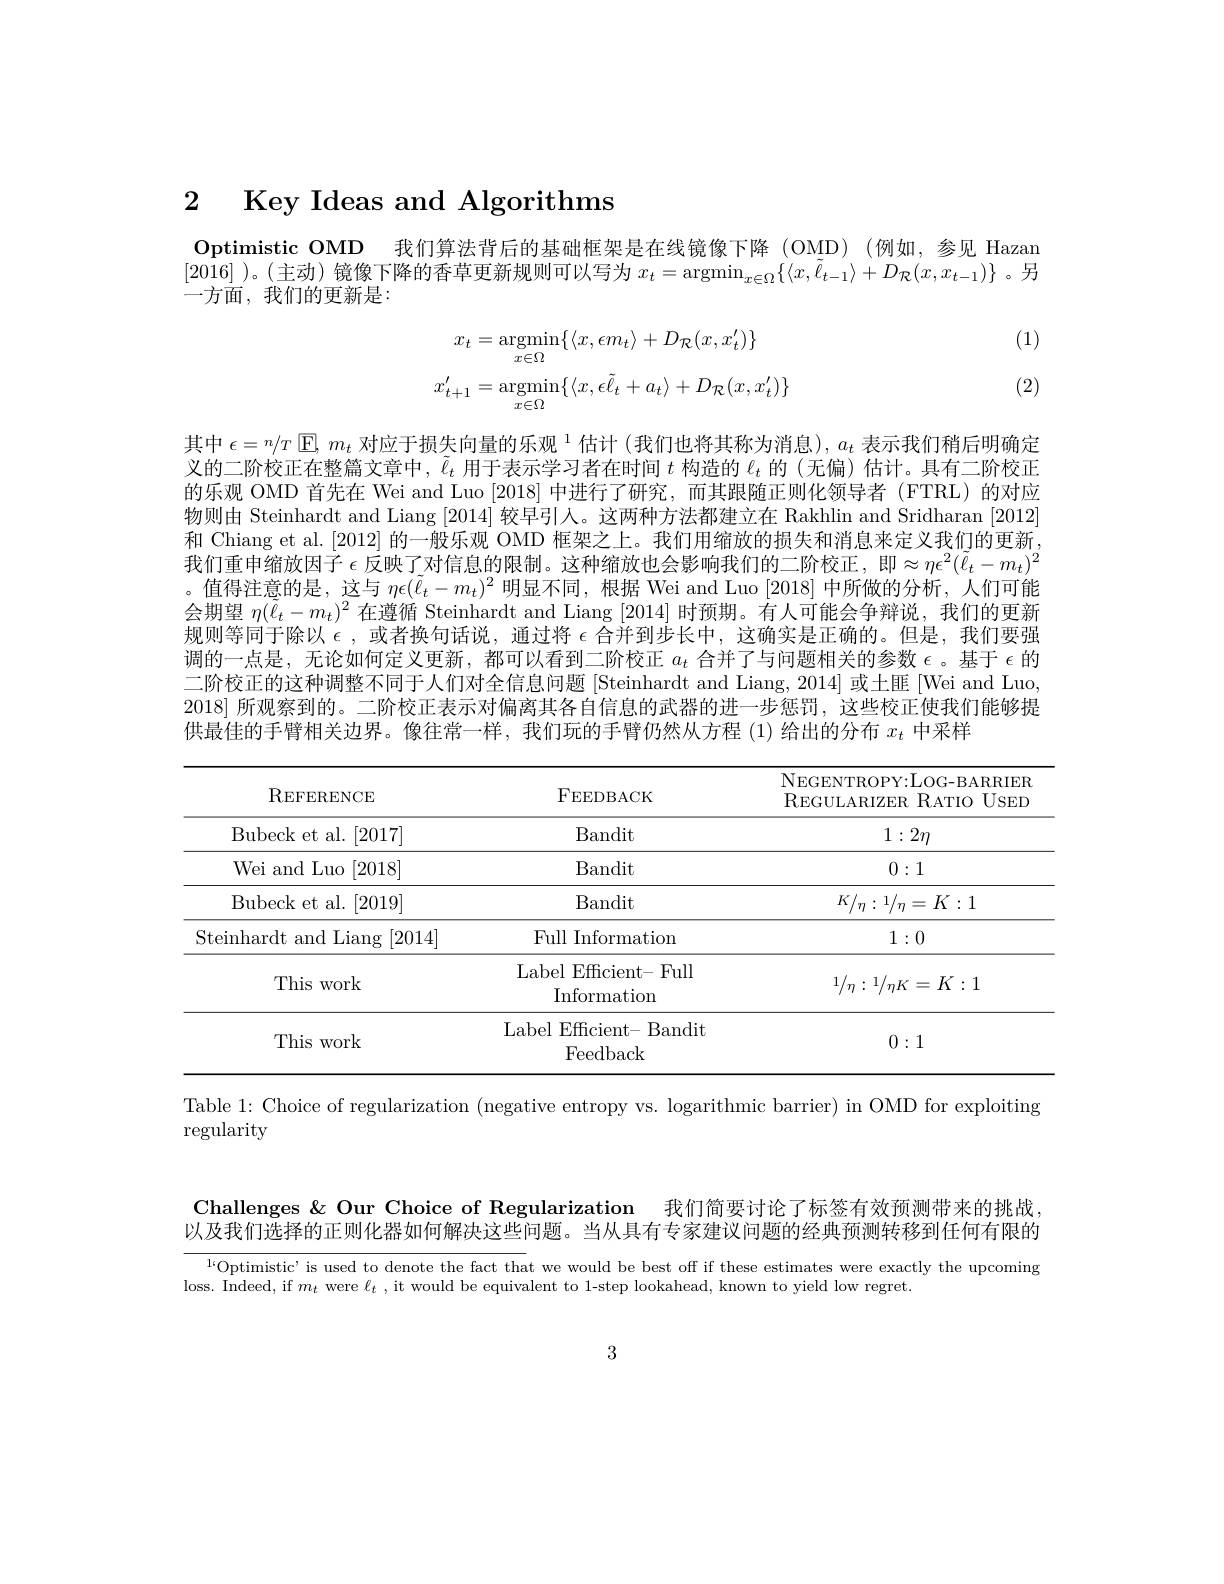
2 Key Ideas and Algorithms

Optimistic OMD 我们算法背后的基础框架是在线镜像下降 (OMD)(例如，参见 Hazan [2016])。(主动) 镜像下降的香草更新规则可以写为$x_t=\operatorname{argmin}_{x\in\Omega}\{\langle x,\tilde{\ell}_{t-1}\rangle+D_{\mathcal{R}}(x,x_{t-1})\}$。另一方面，我们的更新是：

(1)
$$x_{t}=\underset{x\in\Omega}{\operatorname*{argmin}}\{\langle x,\epsilon m_{t}\rangle+D_{\mathcal{R}}(x,x_{t}^{\prime})\}\\x_{t+1}^{\prime}=\underset{x\in\Omega}{\operatorname*{argmin}}\{\langle x,\epsilon\tilde{\ell}_{t}+a_{t}\rangle+D_{\mathcal{R}}(x,x_{t}^{\prime})\}$$
(2)

其中$\epsilon=n/T\operatorname{E},m_{t}$对应于损失向量的乐观$^1$估计 (我们也将其称为消息), $a_t$表示我们稍后明确定义的二阶校正在整篇文章中，$\tilde{\ell}_t$用于表示学习者在时间$t$构造的$\ell_t$的 (无偏)估计。具有二阶校正的乐观 OMD 首先在 Wei and Luo [2018]中进行了研究，而其跟随正则化领导者 (FTRL)的对应物则由 Steinhardt and Liang [2014]较早引入。这两种方法都建立在 Rakhlin and Sridharan [2012] 和 Chiang et al.[2012] 的一般乐观 OMD 框架之上。我们用缩放的损失和消息来定义我们的更新我们重申缩放因子 $\epsilon$ 反映了对信息的限制。这种缩放也会影响我们的二阶校正，即$\approx\eta\epsilon^2(\tilde{\ell}_t-m_t)^2$ 。值得注意的是，这与$\eta\epsilon(\tilde{\ell}_t-m_t)^2$明显不同，根据 Wei and Luo [2018] 中所做的分析，人们可能会期望$\eta(\tilde{\ell}_t-m_t)^2$在遵循 Steinhardt and Liang [2014] 时预期。有人可能会争辩说，我们的更新规则等同于除以$\epsilon$,或者换句话说，通过将$\epsilon$合并到步长中，这确实是正确的。但是，我们要强调的一点是，无论如何定义更新，都可以看到二阶校正$a_t$合并了与问题相关的参数$\epsilon$。基于$\epsilon$的二阶校正的这种调整不同于人们对全信息问题 [Steinhardt and Liang, 2014] 或土匪 [Wei and Luo, 2018]所观察到的。二阶校正表示对偏离其各自信息的武器的进一步惩罚，这些校正使我们能够提供最佳的手臂相关边界。像往常一样，我们玩的手臂仍然从方程 (1)给出的分布$x_t$中采样

<table>
	<tbody>
		<tr>
			<th>REFERENCE</th>
			<th>FEEDBACK</th>
			<th>NEGENTROPY: LOG- BARRIER $\mathrm{R}_{\mathrm{EGULARIZER~RATIO~USED}}$</th>
		</tr>
		<tr>
			<td>Bubeck et al. [ 2017] </td>
			<td>Bandit</td>
			<td>$1:2\eta$</td>
		</tr>
		<tr>
			<td>Wei and Luo [2018]</td>
			<td>Bandit</td>
			<td>0:1</td>
		</tr>
		<tr>
			<td>Bubeck et al. [ 2019] </td>
			<td>Bandit</td>
			<td>$K/\eta:1/\eta=K:1$</td>
		</tr>
		<tr>
			<td>Steinhardt and Liang [2014]</td>
			<td>Full Information</td>
			<td>1:0</td>
		</tr>
		<tr>
			<td>This work</td>
			<td>Label Efficient- Full Information</td>
			<td>$1/\eta:1/\eta K=K:1$</td>
		</tr>
		<tr>
			<td>This work</td>
			<td>Label Efficient- Bandit Feedback</td>
			<td>0:1</td>
		</tr>
	</tbody>
</table>

Table 1: Choice of regularization (negative entropy vs. logarithmic barrier) in OMD for exploiting

regularity

Challenges & Our Choice of Regularization 我们简要讨论了标签有效预测带来的挑战， 以及我们选择的正则化器如何解决这些问题。当从具有专家建议问题的经典预测转移到任何有限的

$^{16}$Optimistic' is used to denote the fact that we would be best off if these estimates were exactly the upcoming

loss. Indeed, if $m_{t}$ were $\ell_{t}$ , it would be equivalent to 1-step lookahead, known to yield low regret.

3